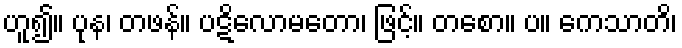
ဟူ၍။ ပုန၊ တဖန်။ ပဋိလောမတော၊ ဖြင့်။ တစော။ ပ။ ကေသာတိ၊